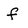
Character: f